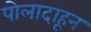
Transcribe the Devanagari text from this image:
पोलादाहून